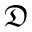
\mathfrak { D }